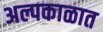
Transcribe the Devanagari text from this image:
अल्पकाळात